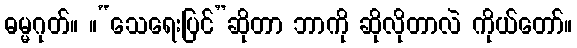
ဓမ္မဂုတ်။ ။“သေရေးပြင်”ဆိုတာ ဘာကို ဆိုလိုတာလဲ ကိုယ်တော်။